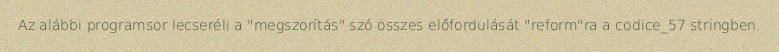
Az alábbi programsor lecseréli a "megszorítás" szó összes előfordulását "reform"ra a codice_57 stringben.